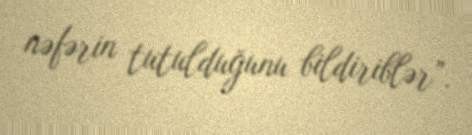
nəfərin tutulduğunu bildiriblər”.